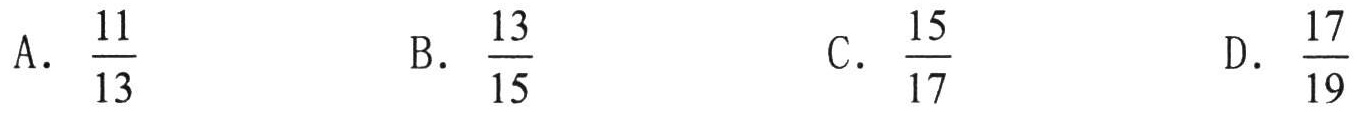
A. \(\frac{11}{13}\)  B. \(\frac{13}{15}\)  C. \(\frac{15}{17}\)  D. \(\frac{17}{19}\)